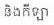
និងកីឡា